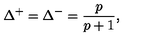
\Delta ^ { + } = \Delta ^ { - } = \frac { p } { p + 1 } ,